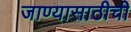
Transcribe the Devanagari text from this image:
जाण्यासाठीची